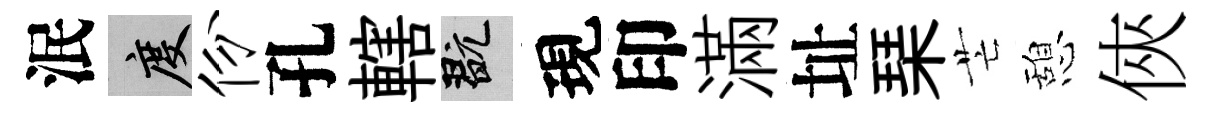
泯度份孔轄玩現印滿址琹芒憩俠